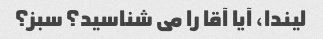
لیندا، آیا آقا را می شناسید؟ سبز؟